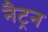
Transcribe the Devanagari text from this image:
नैट्रन